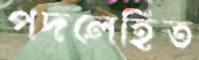
পদলেহিত